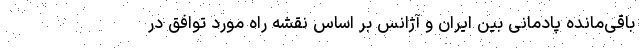
باقی‌مانده پادمانی بین ایران و آژانس بر اساس نقشه راه مورد توافق در